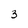
Character: 3